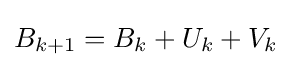
B_{k+1}=B_{k}+U_{k}+V_{k}